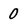
Character: 0